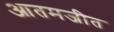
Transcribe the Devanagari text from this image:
आतमजीत